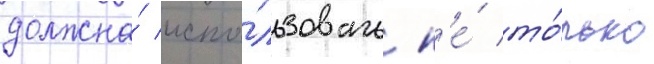
должна́ испо́льзовать н'е́ то́лько